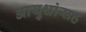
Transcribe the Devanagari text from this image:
आयुधांसह